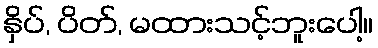
နှိပ်, ပိတ်, မထားသင့်ဘူးပေါ့။